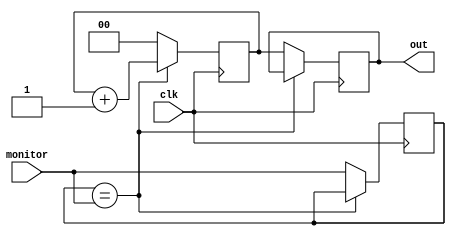
`timescale 1ns / 1ps
//////////////////////////////////////////////////////////////////////////////////
// 
// Module Name:    Syncho Counter Between Change State of Monitor
// Project Name:   DSope
// Target Devices: Spartan3E500
// Revision: 
// Revision 0.01 - File Created
//
//////////////////////////////////////////////////////////////////////////////////
module synchro_counter #(parameter WIDTH = 0) (
    input wire clk,
	 input wire monitor,
	 output reg [WIDTH-1:0] out
);

reg [WIDTH-1:0] data;
reg tmp;

always @ (posedge clk)
begin
  if (tmp == monitor)
  begin
    data <= data + 1;
  end else begin
    out <= data;
    data <= 0;
	 tmp <= monitor;
  end  
end

//assign out[WIDTH-1:0] = data[WIDTH-1:0];

initial
begin
  data <= 0;
  out <= 0;
  tmp <= 0;
end

endmodule